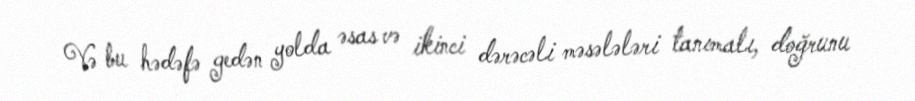
Və bu hədəfə gedən yolda əsas və ikinci dərəcəli məsələləri tanımalı, doğrunu